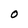
Character: O